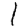
Digit: 1